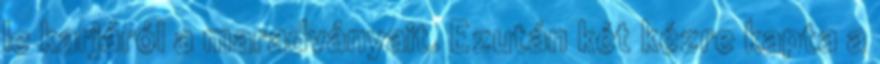
le karjáról a maradványait. Ezután két kézre kapta a